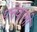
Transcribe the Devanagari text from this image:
पत्तेवाली